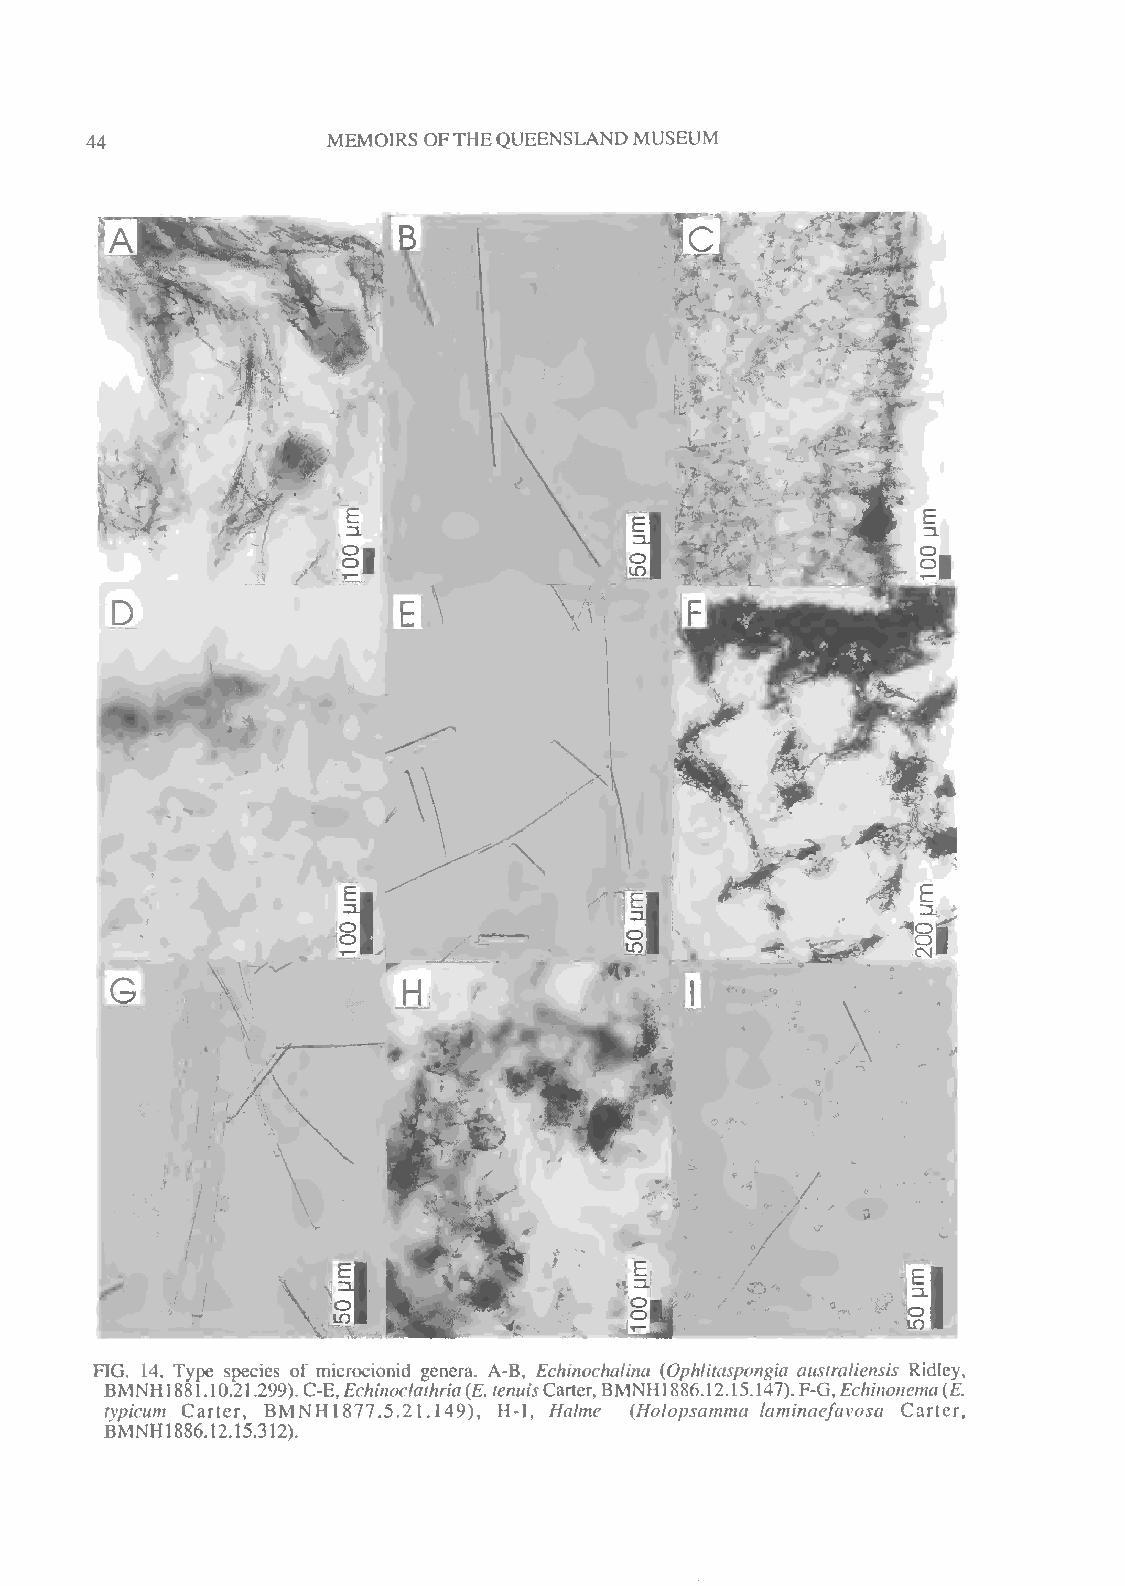
44
 MEMOIRS OFTHEQUEENSLANDMUSEUM
 G      \
 H
 M       w
 FIG. 14. Type species of microcionid genera. A-B, Echinochalina (Ophlitaspongia australiensis Ridley,
 BMNH 188 1.10.21.2 B99 M). NC H-E,Echinoclathria(E. tenuisCarter,BMNH 1886. 12.15.147). F-G,Echinonema(E.
 typicum Carter, 1877.5.21.149), H-I, Halme (Holopsamma laminaefavosa Carter,
 BMNH1886.12.15.312).